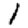
Digit: 1